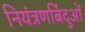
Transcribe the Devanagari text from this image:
नियंत्रणबिंदुओं